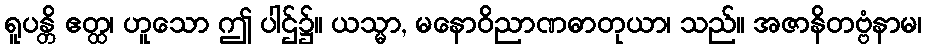
ရူပန္တိ ဧတ္ထ၊ ဟူသော ဤ ပါဌ်၌။ ယသ္မာ, မနောဝိညာဏဓာတုယာ၊ သည်။ အဇာနိတဗ္ဗံနာမ၊